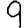
Digit: 9